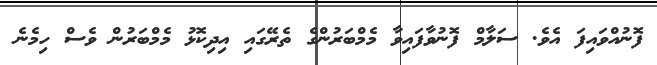
ފޮނުއްވައިފަ އެވެ. ސަލާމް ފޮނުވާފައިވާ މެމްބަރުންގެ ތެރޭގައި އިދިކޮޅު މެމްބަރުން ވެސް ހިމެނެ